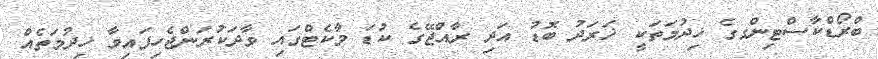
ބްރޯޑްކާސްޓިންގގެ ޚިދުމަތަކީ ޚަރަދު ބޮޑު އަދި ރާއްޖޭގެ ކުޑަ މާކެޓްގައި ވާދަކުރަންޖެހިފައިވާ ޚިދުމަތެއް